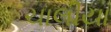
ચાલીયા